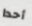
أحدا